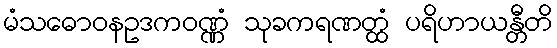
မံသဓောဝနဥဒကဝဏ္ဏံ သုခကရဏတ္ထံ ပရိဟာယန္တီတိ